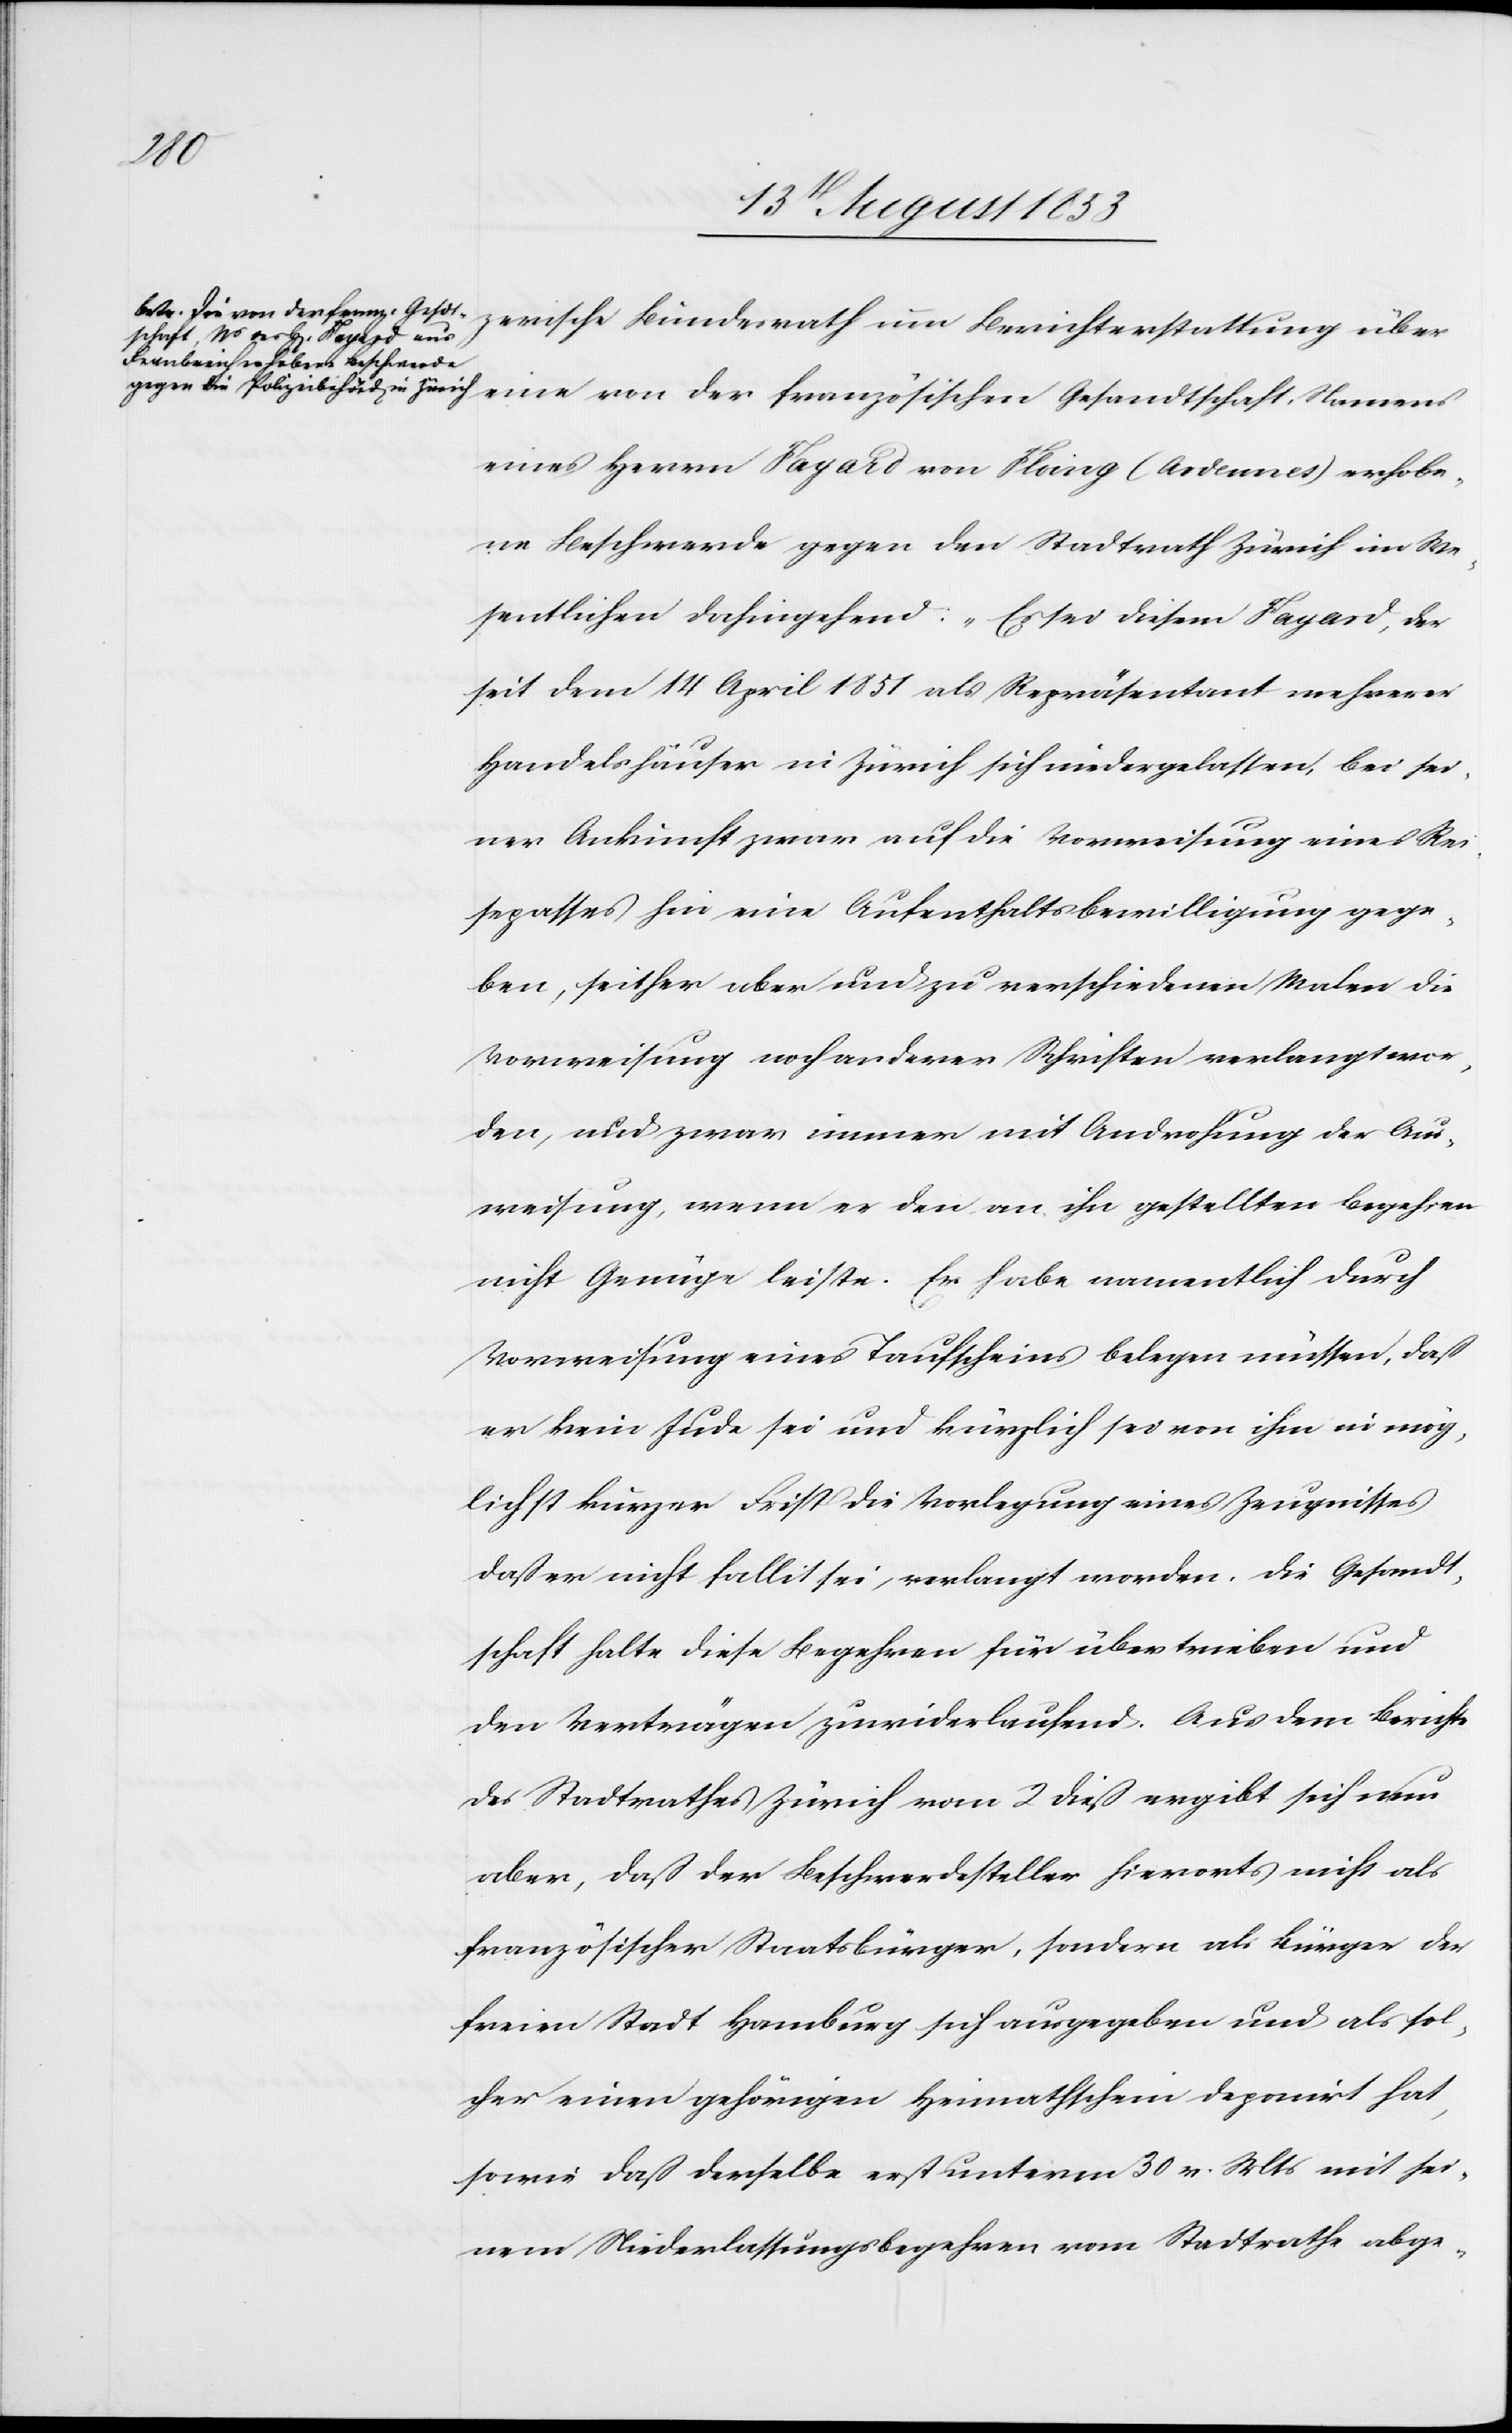
der
eines Herrn Fayard von Flang (Ardennes) erhobe¬
ne Beschwerde gegen den Stadtrath Zürich im We¬
sentlichen dahingehend: „Es sei diesem Fayard, der
seit dem 14 April 1851 als Repräsentant mehrerer
Handelshäuser in Zürich sich niedergelassen, bei sei¬
ner Ankunft zwar auf die Vorweisung eines Rei¬
sepasses hin eine Aufenthaltsbewilligung gege¬
ben, seither aber und zu verschiedenen Malen die
Vorweisung noch anderer Schriften verlangt wor¬
den, und zwar immer mit Androhung der Aus¬
weisung, wenn er den an ihn gestellten Begehren
nicht Genüge leiste. Er habe namentlich durch
Vorweisung eines Taufscheins belegen müssen, daß
er kein Jude sei und kürzlich sei von ihm in mög¬
lichst kurzer Frist die Vorlegung eines Zeugnisses
daß er nicht fallit sei, verlangt worden. Die Gesandt¬
schaft halte diese Begehren für übertrieben und
den Verträgen zuwiderlaufend. Aus dem Bericht
des Stadtrathes Zürich vom 2 dieß ergibt sich nun
aber, daß der Beschwerdesteller hierorts nicht als
französischer Staatsbürger, sondern als Bürger der
freien Stadt Hamburg sich ausgegeben und als sol¬
cher einen gehörigen Heimathschein deponirt hat,
sowie daß derselbe erst unterm 30 v. Mts. mit sei¬
nem Niederlassungsbegehren vom Stadtrathe abge-